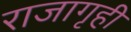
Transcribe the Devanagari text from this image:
राजागृही